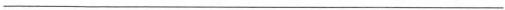
___